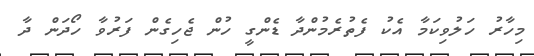
މިހާރު ހަލުވިކަމާ އެކު ފެތުރެމުންދާ ޑެންގީ ހުން ޖެހިގެން ފަރުވާ ހޯދަން ދާ